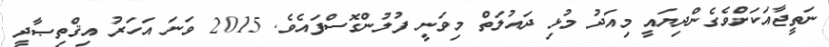
ނަތީޖާއަކަށްވެގެންދިޔައީ މިއަދު މުޅި ދައުލަތް މިވަނީ ފުލުންގޮސްފައެވެ. 2015 ވަނަ އަހަރު އިޤްތިޞާދީ